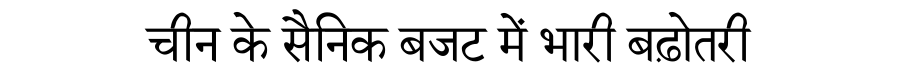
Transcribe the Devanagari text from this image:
चीन के सैनिक बजट में भारी बढ़ोतरी